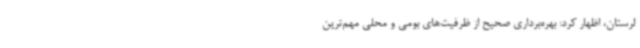
لرستان، اظهار کرد: بهره‌برداری صحیح از ظرفیت‌های بومی و محلی مهم‌ترین